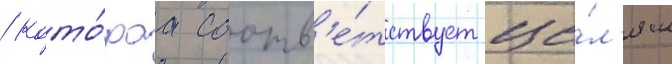
/ кото́раа соотв'е́тствует це́л'ям